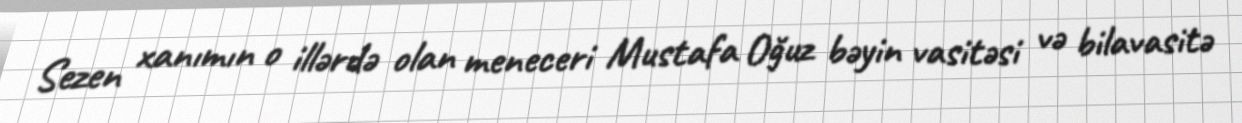
Sezen xanımın o illərdə olan meneceri Mustafa Oğuz bəyin vasitəsi və bilavasitə